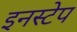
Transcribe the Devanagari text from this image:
इनस्टेप